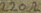
Text: 220Ω